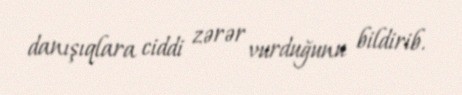
danışıqlara ciddi zərər vurduğunu bildirib.